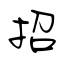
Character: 招